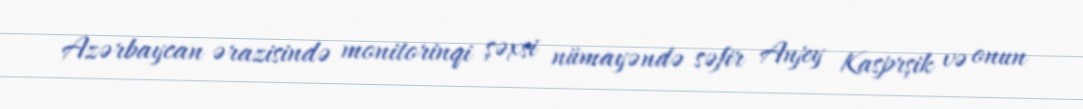
Azərbaycan ərazisində monitorinqi şəxsi nümayəndə səfir Anjey Kasprşik və onun